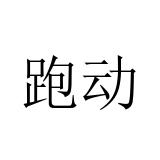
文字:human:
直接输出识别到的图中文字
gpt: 跑动